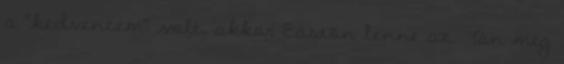
a "kedvencem" volt, akkor Easton lenne az. Tán még